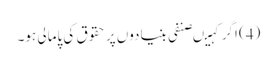
(4) اگر کہیںصنفی بنیادوں پر حقوق کی پامالی ہو۔